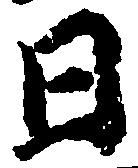
日